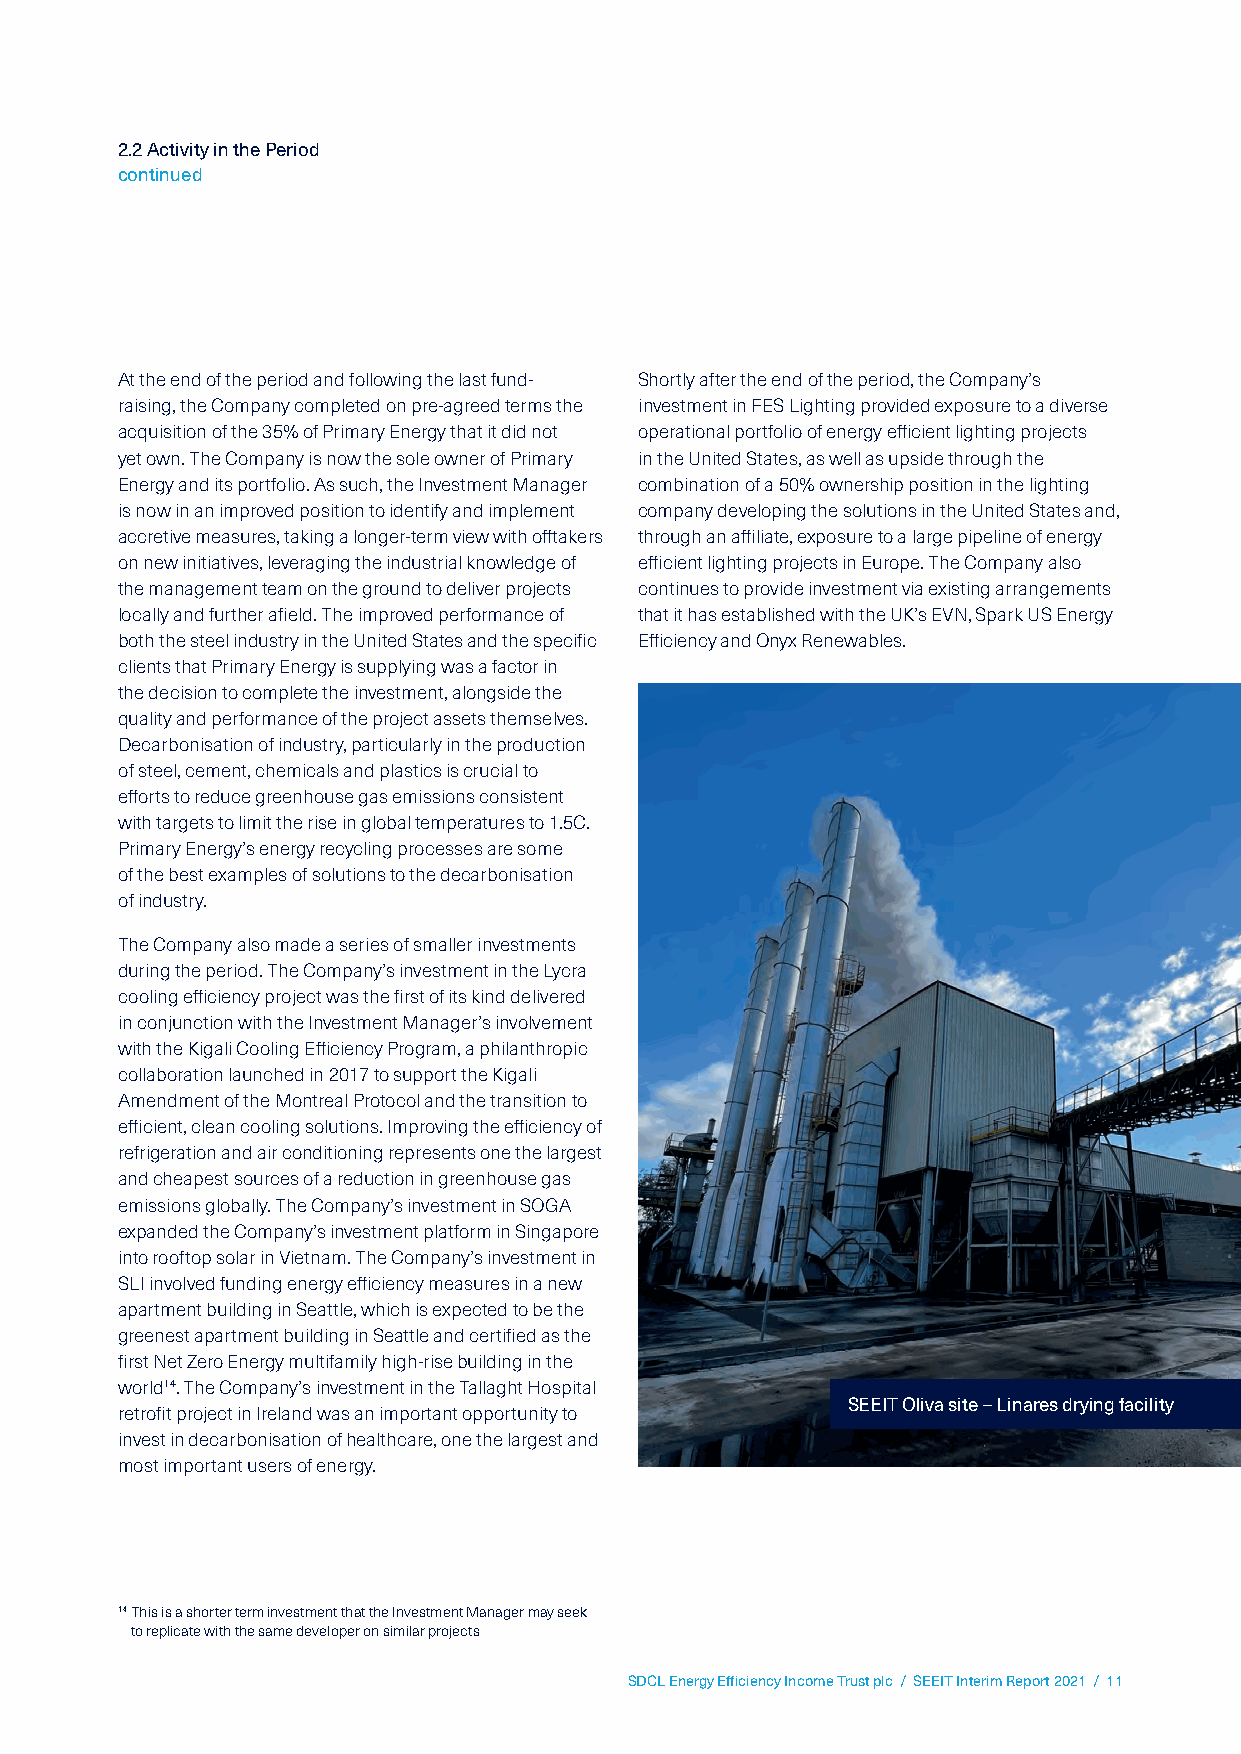
2.2 Activity in the Period
 continued
 At the end of the period and following the last fund- Shortly after the end of the period, the Company’s
 raising, the Company completed on pre-agreed terms the investment in FES Lighting provided exposure to a diverse
 acquisition of the 35% of Primary Energy that it did not operational portfolio of energy efficient lighting projects
 yet own. The Company is now the sole owner of Primary in the United States, as well as upside through the
 Energy and its portfolio. As such, the Investment Manager combination of a 50% ownership position in the lighting
 is now in an improved position to identify and implement company developing the solutions in the United States and,
 accretive measures, taking a longer-term view with offtakers through an affiliate, exposure to a large pipeline of energy
 on new initiatives, leveraging the industrial knowledge of efficient lighting projects in Europe. The Company also
 the management team on the ground to deliver projects continues to provide investment via existing arrangements
 locally and further afield. The improved performance of that it has established with the UK’s EVN, Spark US Energy
 both the steel industry in the United States and the specific Efficiency and Onyx Renewables.
 clients that Primary Energy is supplying was a factor in
 the decision to complete the investment, alongside the
 quality and performance of the project assets themselves.
 Decarbonisation of industry, particularly in the production
 of steel, cement, chemicals and plastics is crucial to
 efforts to reduce greenhouse gas emissions consistent
 with targets to limit the rise in global temperatures to 1.5C.
 Primary Energy’s energy recycling processes are some
 of the best examples of solutions to the decarbonisation
 of industry.
 The Company also made a series of smaller investments
 during the period. The Company’s investment in the Lycra
 cooling efficiency project was the first of its kind delivered
 in conjunction with the Investment Manager’s involvement
 with the Kigali Cooling Efficiency Program, a philanthropic
 collaboration launched in 2017 to support the Kigali
 Amendment of the Montreal Protocol and the transition to
 efficient, clean cooling solutions. Improving the efficiency of
 refrigeration and air conditioning represents one the largest
 and cheapest sources of a reduction in greenhouse gas
 emissions globally. The Company’s investment in SOGA
 expanded the Company’s investment platform in Singapore
 into rooftop solar in Vietnam. The Company’s investment in
 SLI involved funding energy efficiency measures in a new
 apartment building in Seattle, which is expected to be the
 greenest apartment building in Seattle and certified as the
 first Net Zero Energy multifamily high-rise building in the
 world14. The Company’s investment in the Tallaght Hospital
 SEEIT Oliva site – Linares drying facility
 retrofit project in Ireland was an important opportunity to
 invest in decarbonisation of healthcare, one the largest and
 most important users of energy.
 14 This is a shorter term investment that the Investment Manager may seek
 to replicate with the same developer on similar projects
 SDCL Energy Efficiency Income Trust plc / SEEIT Interim Report 2021 / 11